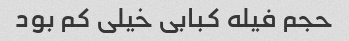
حجم فیله کبابی خیلی کم بود